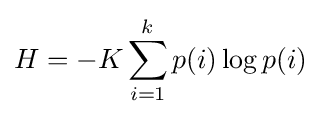
H=-K\sum _{i=1}^{k}p(i)\log p(i)